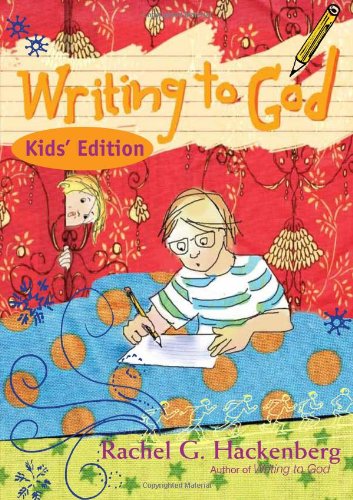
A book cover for Writing to God: Kids' Edition; Rachel G. Hackenberg; Children's Books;